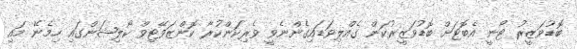
ބޮޑުވަޒީރު ޓޯނީ އެބޮޓަށް ބޮޑުވަޒީރުކަން ގެއްލިވަޑައިގެންނެވީ ވެރިކަންކުރާ ކޮންޒަވޭޓިވް ކޯލިޝަންގައި ހިމެނޭ މައި